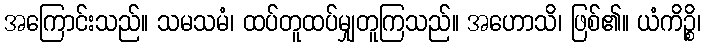
အကြောင်းသည်။ သမသမံ၊ ထပ်တူထပ်မျှတူကြသည်။ အဟောသိ၊ ဖြစ်၏။ ယံကိဉ္စိ၊